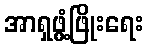
အာရှဖွံ့ဖြိုးရေး